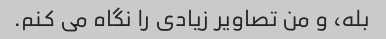
بله، و من تصاویر زیادی را نگاه می کنم.